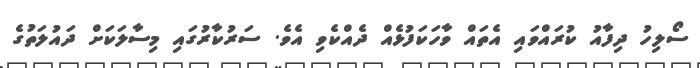
ސޯލިހު ދިފާއު ކުރައްވައި އެތައް ވާހަކަފުޅެއް ދެއްކެވި އެވެ. ސަރުކާރުގައި މިސާލަަކަށް ދައުލަތުގެ